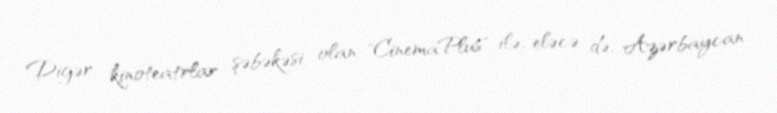
Digər kinoteatrlar şəbəkəsi olan "CinemaPlus" ilə, eləcə də, Azərbaycan